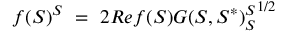
f ( S ) ^ { S } \ = \ 2 R e f ( S ) { G ( S , S ^ { * } ) _ { S } ^ { S } } ^ { 1 / 2 }